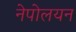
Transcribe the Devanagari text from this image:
नेपोलयन